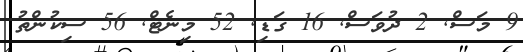
9 މަސް